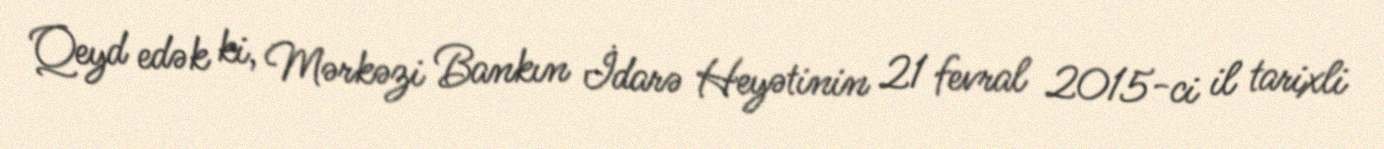
Qeyd edək ki, Mərkəzi Bankın İdarə Heyətinin 21 fevral 2015-ci il tarixli